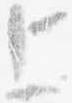
上